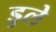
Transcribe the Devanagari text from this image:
डुले